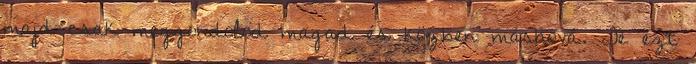
majd csak meggondolod magad és közben máshová. Te ezt